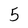
Character: 5